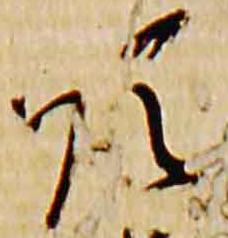
順